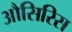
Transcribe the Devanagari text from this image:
औसिरिस